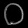
Digit: ၀